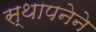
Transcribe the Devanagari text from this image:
स्‍थापनेने